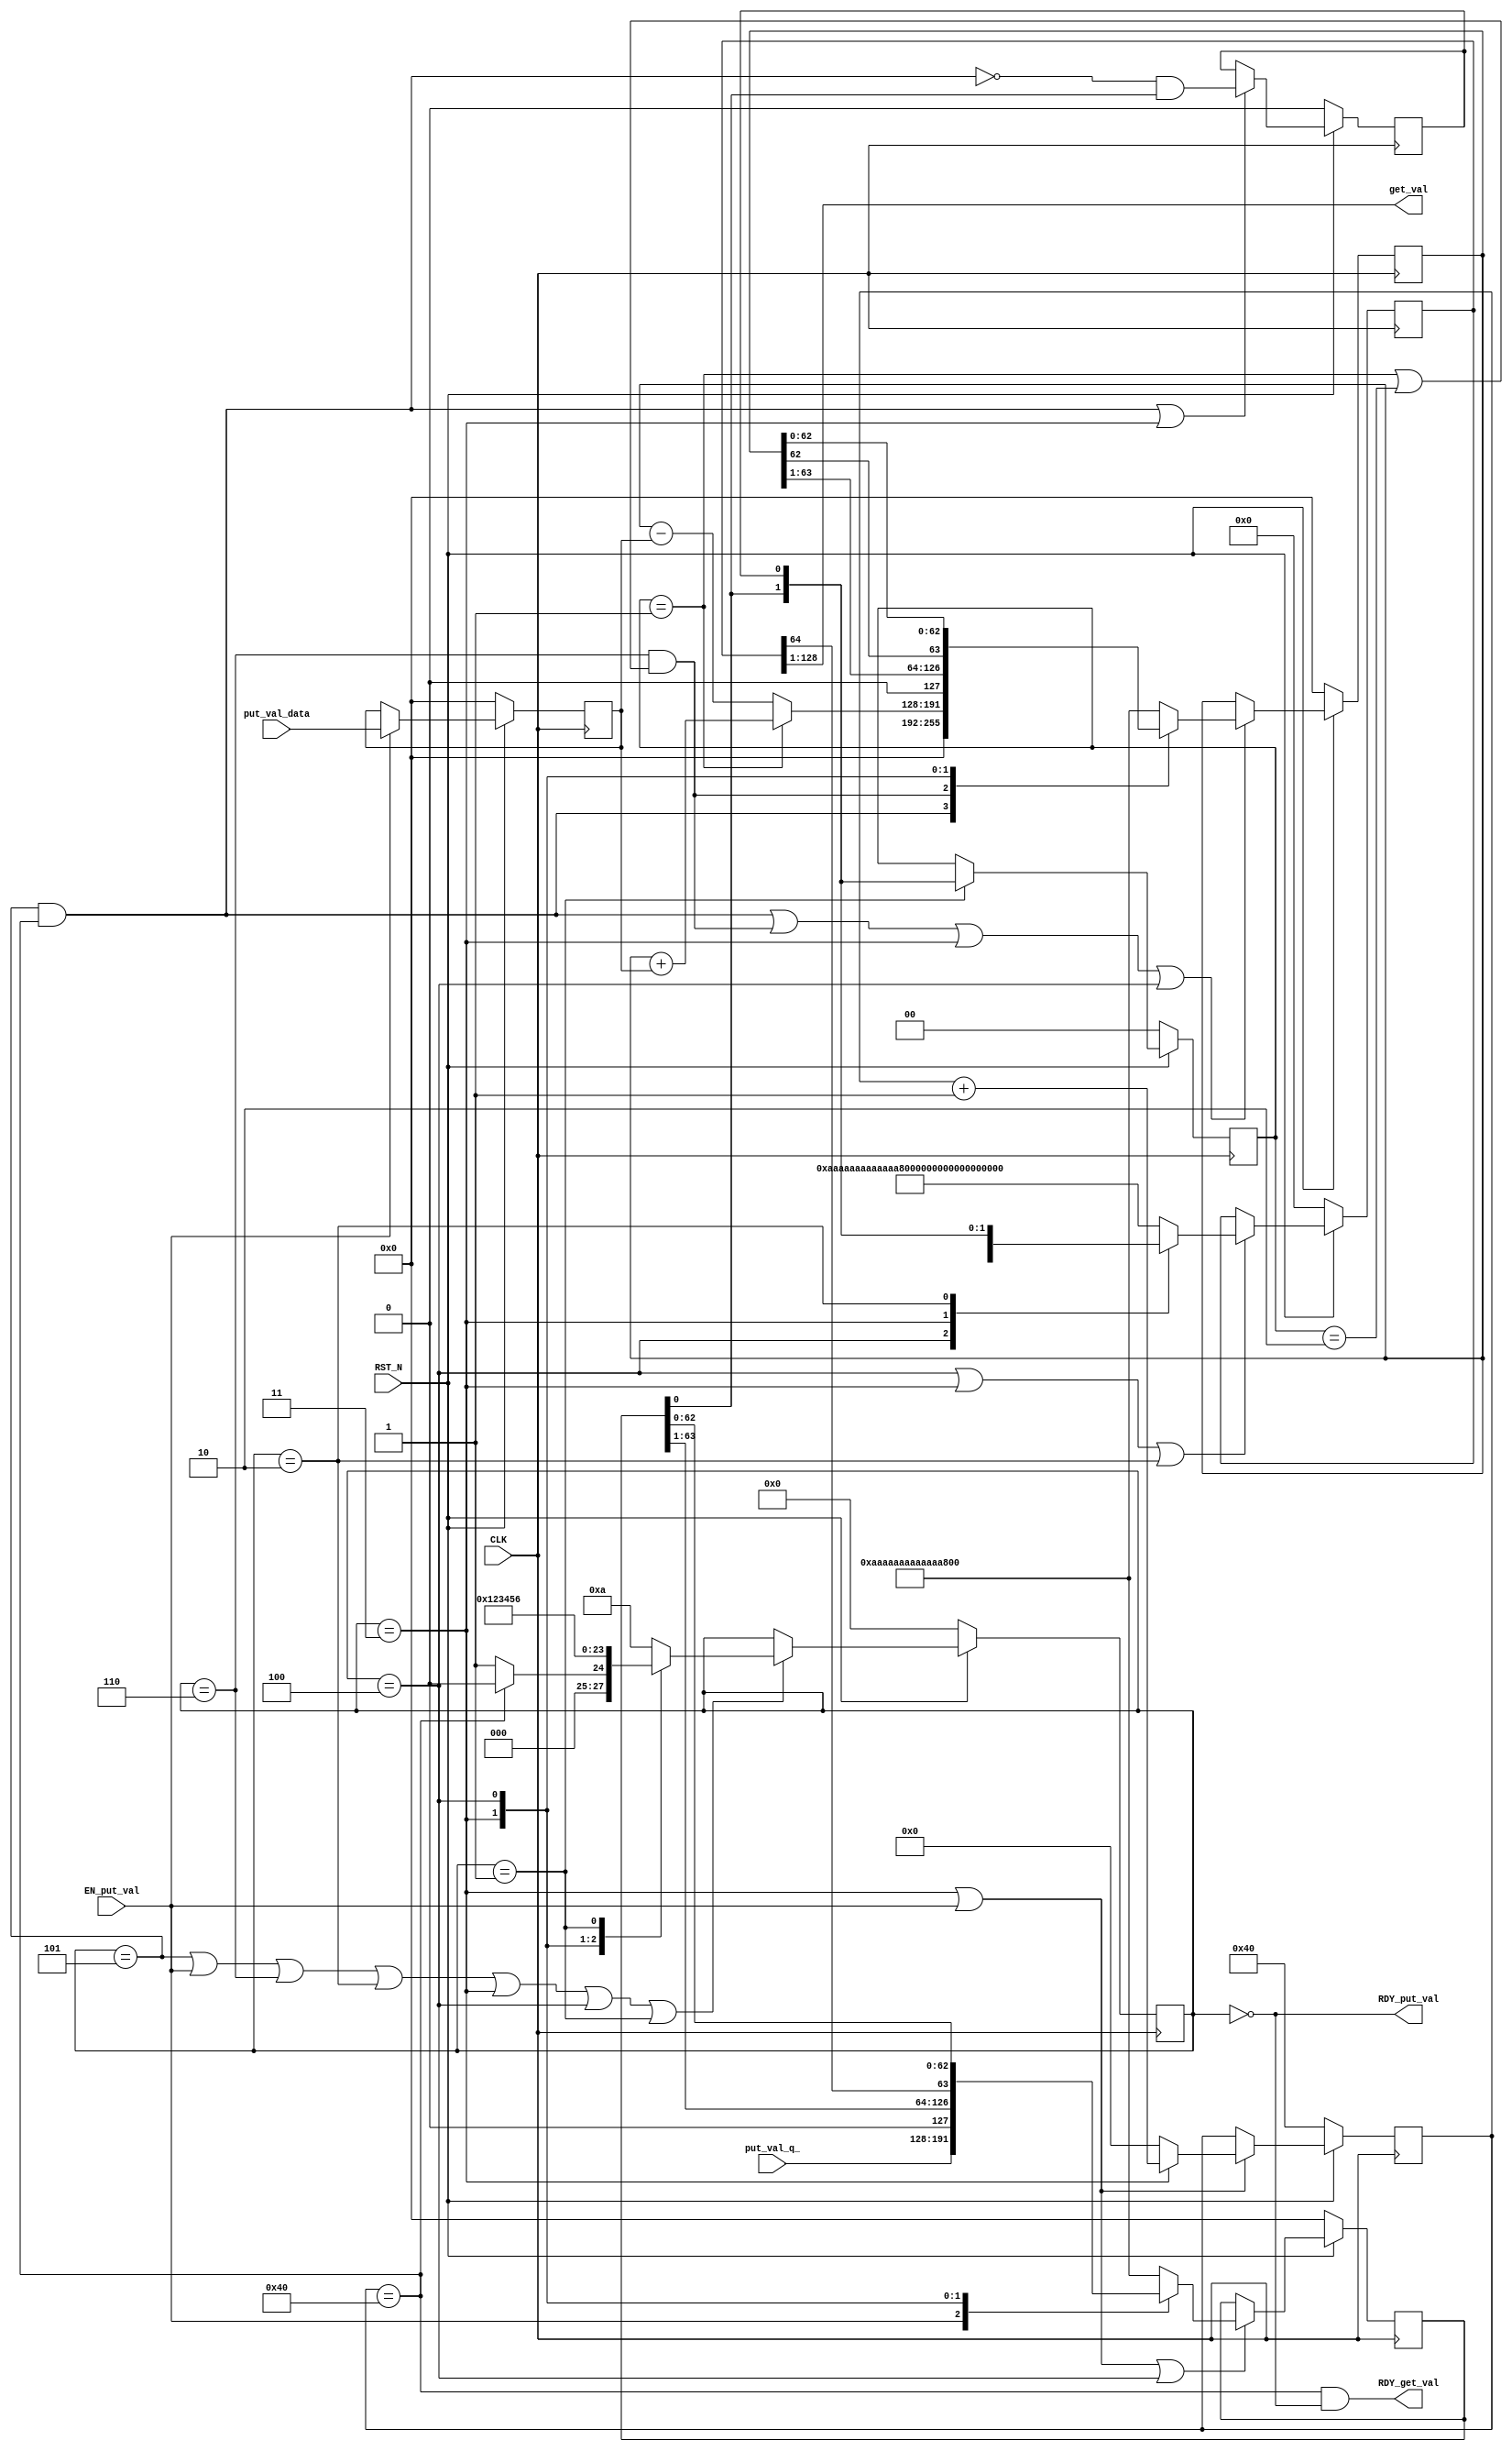
//
// Generated by Bluespec Compiler, version 2021.12.1 (build fd501401)
//
// On Sun Dec 10 11:02:18 IST 2023
//
//
// Ports:
// Name                         I/O  size props
// RDY_put_val                    O     1
// get_val                        O   128 reg
// RDY_get_val                    O     1
// CLK                            I     1 clock
// RST_N                          I     1 reset
// put_val_data                   I    64 reg
// put_val_q_                     I    64
// EN_put_val                     I     1
//
// No combinational paths from inputs to outputs
//
//

`ifdef BSV_ASSIGNMENT_DELAY
`else
  `define BSV_ASSIGNMENT_DELAY
`endif

`ifdef BSV_POSITIVE_RESET
  `define BSV_RESET_VALUE 1'b1
  `define BSV_RESET_EDGE posedge
`else
  `define BSV_RESET_VALUE 1'b0
  `define BSV_RESET_EDGE negedge
`endif

module mkMul(CLK,
	     RST_N,

	     put_val_data,
	     put_val_q_,
	     EN_put_val,
	     RDY_put_val,

	     get_val,
	     RDY_get_val);
  input  CLK;
  input  RST_N;

  // action method put_val
  input  [63 : 0] put_val_data;
  input  [63 : 0] put_val_q_;
  input  EN_put_val;
  output RDY_put_val;

  // value method get_val
  output [127 : 0] get_val;
  output RDY_get_val;

  // signals for module outputs
  wire [127 : 0] get_val;
  wire RDY_get_val, RDY_put_val;

  // register accumulator
  reg [63 : 0] accumulator;
  reg [63 : 0] accumulator$D_IN;
  wire accumulator$EN;

  // register accumulatorqq
  reg [128 : 0] accumulatorqq;
  reg [128 : 0] accumulatorqq$D_IN;
  wire accumulatorqq$EN;

  // register counter
  reg [7 : 0] counter;
  wire [7 : 0] counter$D_IN;
  wire counter$EN;

  // register m
  reg [63 : 0] m;
  wire [63 : 0] m$D_IN;
  wire m$EN;

  // register q
  reg [63 : 0] q;
  reg [63 : 0] q$D_IN;
  wire q$EN;

  // register q_1
  reg q_1;
  wire q_1$D_IN, q_1$EN;

  // register qq
  reg [1 : 0] qq;
  wire [1 : 0] qq$D_IN;
  wire qq$EN;

  // register state
  reg [3 : 0] state;
  reg [3 : 0] state$D_IN;
  wire state$EN;

  // inputs to muxes for submodule ports
  wire [128 : 0] MUX_accumulatorqq$write_1__VAL_1,
		 MUX_accumulatorqq$write_1__VAL_2,
		 MUX_accumulatorqq$write_1__VAL_3;
  wire [63 : 0] MUX_accumulator$write_1__VAL_2,
		MUX_accumulator$write_1__VAL_3,
		MUX_accumulator$write_1__VAL_4,
		MUX_q$write_1__VAL_2,
		MUX_q$write_1__VAL_3;
  wire [7 : 0] MUX_counter$write_1__VAL_1;
  wire [3 : 0] MUX_state$write_1__VAL_1;
  wire MUX_accumulator$write_1__SEL_1, MUX_accumulator$write_1__SEL_2;

  // remaining internal signals
  wire [63 : 0] x__h443, x__h505;

  // action method put_val
  assign RDY_put_val = state == 4'd0 ;

  // value method get_val
  assign get_val = accumulatorqq[128:1] ;
  assign RDY_get_val = counter == 8'd64 && state == 4'd0 ;

  // inputs to muxes for submodule ports
  assign MUX_accumulator$write_1__SEL_1 = state == 4'd5 && counter == 8'd64 ;
  assign MUX_accumulator$write_1__SEL_2 =
	     state == 4'd6 && (qq == 2'b01 || qq == 2'b10) ;
  assign MUX_accumulator$write_1__VAL_2 = (qq == 2'b01) ? x__h443 : x__h505 ;
  assign MUX_accumulator$write_1__VAL_3 = { 1'd0, accumulator[63:1] } ;
  assign MUX_accumulator$write_1__VAL_4 =
	     { accumulator[62], accumulator[62:0] } ;
  assign MUX_accumulatorqq$write_1__VAL_1 =
	     { accumulatorqq[127], accumulatorqq[127:0] } ;
  assign MUX_accumulatorqq$write_1__VAL_2 = { 1'd0, accumulatorqq[128:1] } ;
  assign MUX_accumulatorqq$write_1__VAL_3 = { accumulator, q, q_1 } ;
  assign MUX_counter$write_1__VAL_1 = counter + 8'd1 ;
  assign MUX_q$write_1__VAL_2 = { 1'd0, q[63:1] } ;
  assign MUX_q$write_1__VAL_3 = { accumulatorqq[64], q[62:0] } ;
  assign MUX_state$write_1__VAL_1 = (counter == 8'd64) ? 4'd0 : 4'd1 ;

  // register accumulator
  always@(MUX_accumulator$write_1__SEL_1 or
	  MUX_accumulator$write_1__SEL_2 or
	  MUX_accumulator$write_1__VAL_2 or
	  state or
	  MUX_accumulator$write_1__VAL_3 or MUX_accumulator$write_1__VAL_4)
  begin
    case (1'b1) // synopsys parallel_case
      MUX_accumulator$write_1__SEL_1: accumulator$D_IN = 64'd0;
      MUX_accumulator$write_1__SEL_2:
	  accumulator$D_IN = MUX_accumulator$write_1__VAL_2;
      state == 4'd3: accumulator$D_IN = MUX_accumulator$write_1__VAL_3;
      state == 4'd4: accumulator$D_IN = MUX_accumulator$write_1__VAL_4;
      default: accumulator$D_IN =
		   64'hAAAAAAAAAAAAAAAA /* unspecified value */ ;
    endcase
  end
  assign accumulator$EN =
	     state == 4'd5 && counter == 8'd64 ||
	     state == 4'd6 && (qq == 2'b01 || qq == 2'b10) ||
	     state == 4'd3 ||
	     state == 4'd4 ;

  // register accumulatorqq
  always@(state or
	  MUX_accumulatorqq$write_1__VAL_1 or
	  MUX_accumulatorqq$write_1__VAL_2 or
	  MUX_accumulatorqq$write_1__VAL_3)
  begin
    case (1'b1) // synopsys parallel_case
      state == 4'd4: accumulatorqq$D_IN = MUX_accumulatorqq$write_1__VAL_1;
      state == 4'd3: accumulatorqq$D_IN = MUX_accumulatorqq$write_1__VAL_2;
      state == 4'd2: accumulatorqq$D_IN = MUX_accumulatorqq$write_1__VAL_3;
      default: accumulatorqq$D_IN =
		   129'h0AAAAAAAAAAAAAAAAAAAAAAAAAAAAAAAA /* unspecified value */ ;
    endcase
  end
  assign accumulatorqq$EN = state == 4'd4 || state == 4'd3 || state == 4'd2 ;

  // register counter
  assign counter$D_IN = (state == 4'd3) ? MUX_counter$write_1__VAL_1 : 8'd0 ;
  assign counter$EN = state == 4'd3 || EN_put_val ;

  // register m
  assign m$D_IN = put_val_data ;
  assign m$EN = EN_put_val ;

  // register q
  always@(EN_put_val or
	  put_val_q_ or state or MUX_q$write_1__VAL_2 or MUX_q$write_1__VAL_3)
  begin
    case (1'b1) // synopsys parallel_case
      EN_put_val: q$D_IN = put_val_q_;
      state == 4'd3: q$D_IN = MUX_q$write_1__VAL_2;
      state == 4'd4: q$D_IN = MUX_q$write_1__VAL_3;
      default: q$D_IN = 64'hAAAAAAAAAAAAAAAA /* unspecified value */ ;
    endcase
  end
  assign q$EN = EN_put_val || state == 4'd3 || state == 4'd4 ;

  // register q_1
  assign q_1$D_IN = !MUX_accumulator$write_1__SEL_1 && q[0] ;
  assign q_1$EN = state == 4'd5 && counter == 8'd64 || state == 4'd3 ;

  // register qq
  assign qq$D_IN = { q[0], q_1 } ;
  assign qq$EN = state == 4'd1 ;

  // register state
  always@(state or MUX_state$write_1__VAL_1 or EN_put_val)
  begin
    case (1'b1) // synopsys parallel_case
      state == 4'd5: state$D_IN = MUX_state$write_1__VAL_1;
      EN_put_val: state$D_IN = 4'd1;
      state == 4'd6: state$D_IN = 4'd2;
      state == 4'd2: state$D_IN = 4'd3;
      state == 4'd3: state$D_IN = 4'd4;
      state == 4'd4: state$D_IN = 4'd5;
      state == 4'd1: state$D_IN = 4'd6;
      default: state$D_IN = 4'b1010 /* unspecified value */ ;
    endcase
  end
  assign state$EN =
	     state == 4'd5 || EN_put_val || state == 4'd6 || state == 4'd2 ||
	     state == 4'd3 ||
	     state == 4'd4 ||
	     state == 4'd1 ;

  // remaining internal signals
  assign x__h443 = accumulator + m ;
  assign x__h505 = accumulator - m ;

  // handling of inlined registers

  always@(posedge CLK)
  begin
    if (RST_N == `BSV_RESET_VALUE)
      begin
        accumulator <= `BSV_ASSIGNMENT_DELAY 64'd0;
	accumulatorqq <= `BSV_ASSIGNMENT_DELAY 129'd0;
	counter <= `BSV_ASSIGNMENT_DELAY 8'd64;
	m <= `BSV_ASSIGNMENT_DELAY 64'd0;
	q <= `BSV_ASSIGNMENT_DELAY 64'd0;
	q_1 <= `BSV_ASSIGNMENT_DELAY 1'd0;
	qq <= `BSV_ASSIGNMENT_DELAY 2'd0;
	state <= `BSV_ASSIGNMENT_DELAY 4'd0;
      end
    else
      begin
        if (accumulator$EN)
	  accumulator <= `BSV_ASSIGNMENT_DELAY accumulator$D_IN;
	if (accumulatorqq$EN)
	  accumulatorqq <= `BSV_ASSIGNMENT_DELAY accumulatorqq$D_IN;
	if (counter$EN) counter <= `BSV_ASSIGNMENT_DELAY counter$D_IN;
	if (m$EN) m <= `BSV_ASSIGNMENT_DELAY m$D_IN;
	if (q$EN) q <= `BSV_ASSIGNMENT_DELAY q$D_IN;
	if (q_1$EN) q_1 <= `BSV_ASSIGNMENT_DELAY q_1$D_IN;
	if (qq$EN) qq <= `BSV_ASSIGNMENT_DELAY qq$D_IN;
	if (state$EN) state <= `BSV_ASSIGNMENT_DELAY state$D_IN;
      end
  end

  // synopsys translate_off
  `ifdef BSV_NO_INITIAL_BLOCKS
  `else // not BSV_NO_INITIAL_BLOCKS
  initial
  begin
    accumulator = 64'hAAAAAAAAAAAAAAAA;
    accumulatorqq = 129'h0AAAAAAAAAAAAAAAAAAAAAAAAAAAAAAAA;
    counter = 8'hAA;
    m = 64'hAAAAAAAAAAAAAAAA;
    q = 64'hAAAAAAAAAAAAAAAA;
    q_1 = 1'h0;
    qq = 2'h2;
    state = 4'hA;
  end
  `endif // BSV_NO_INITIAL_BLOCKS
  // synopsys translate_on
endmodule  // mkMul